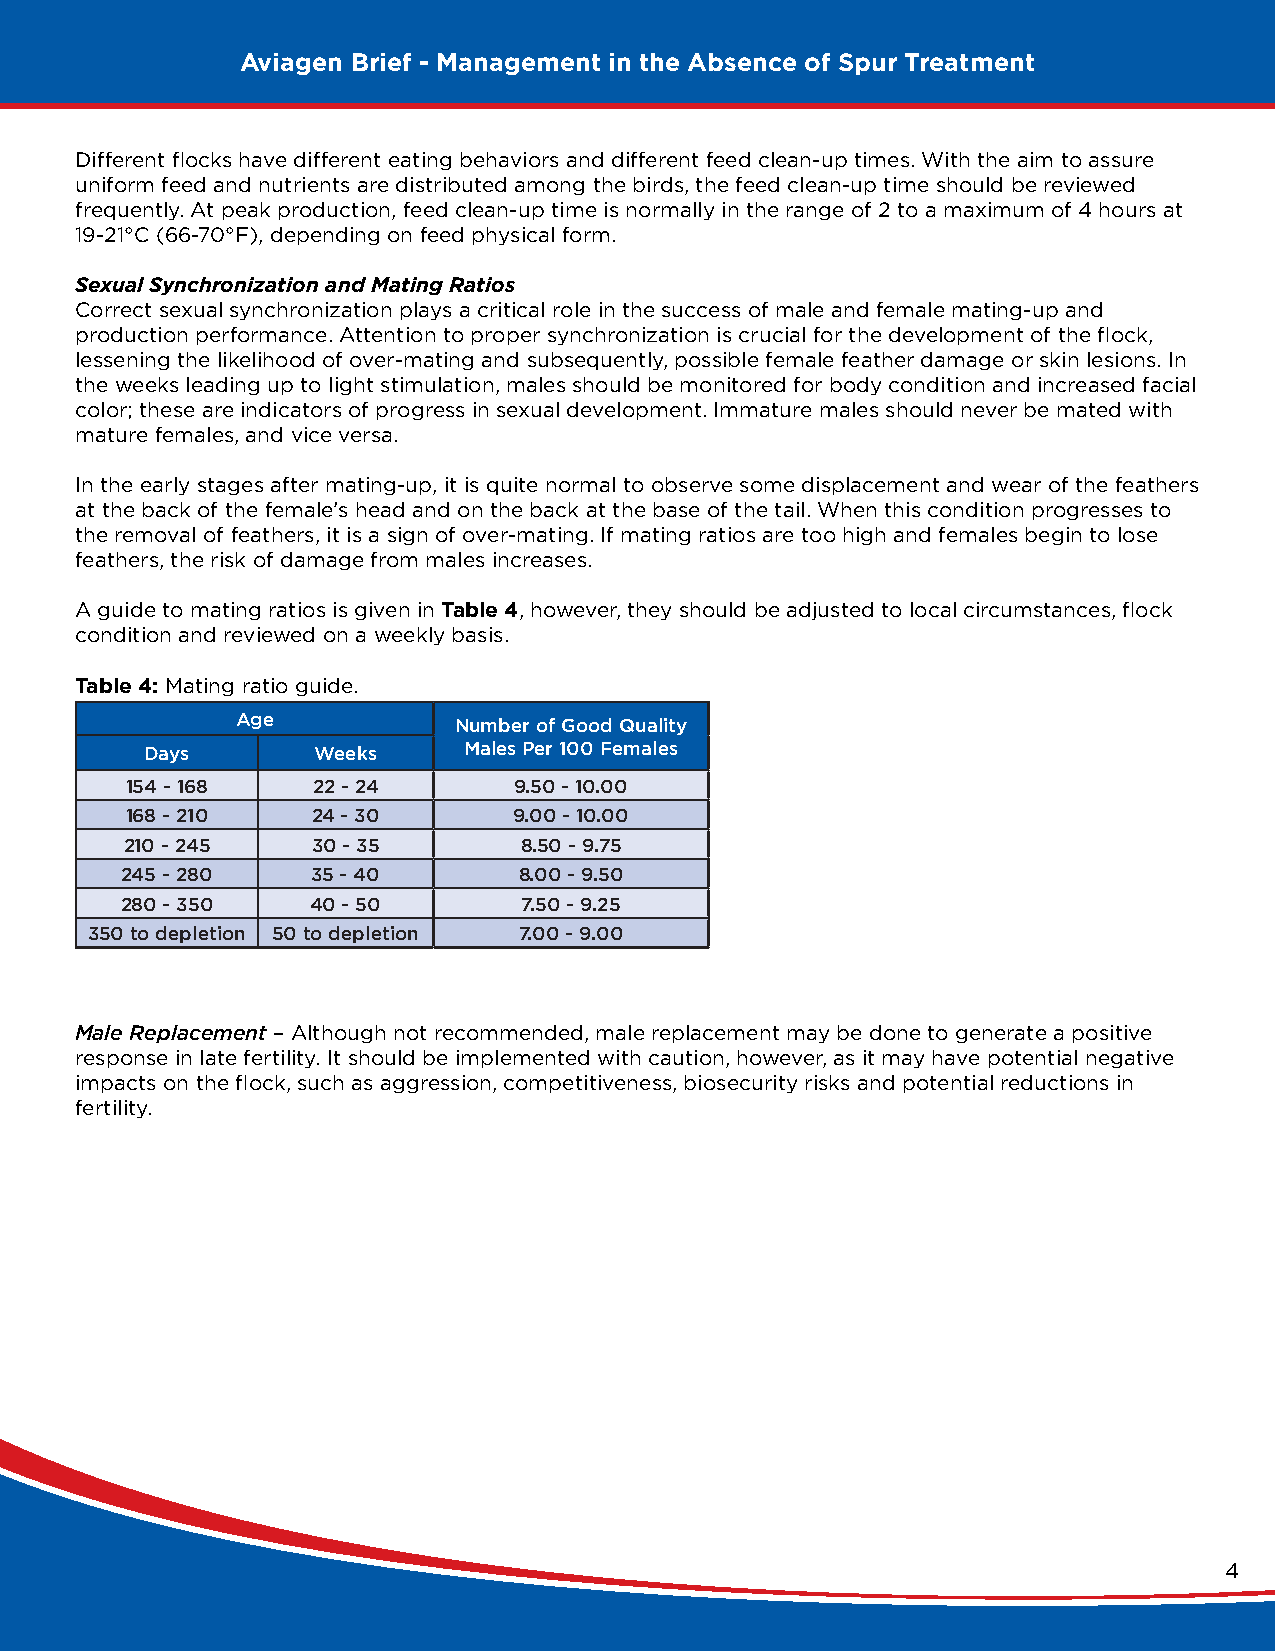
Aviagen Brief - Management in the Absence of Spur Treatment
 Different flocks have different eating behaviors and different feed clean-up times. With the aim to assure
 uniform feed and nutrients are distributed among the birds, the feed clean-up time should be reviewed
 frequently. At peak production, feed clean-up time is normally in the range of 2 to a maximum of 4 hours at
 19-21°C (66-70°F), depending on feed physical form.
 Sexual Synchronization and Mating Ratios
 Correct sexual synchronization plays a critical role in the success of male and female mating-up and
 production performance. Attention to proper synchronization is crucial for the development of the flock,
 lessening the likelihood of over-mating and subsequently, possible female feather damage or skin lesions. In
 the weeks leading up to light stimulation, males should be monitored for body condition and increased facial
 color; these are indicators of progress in sexual development. Immature males should never be mated with
 mature females, and vice versa.
 In the early stages after mating-up, it is quite normal to observe some displacement and wear of the feathers
 at the back of the female’s head and on the back at the base of the tail. When this condition progresses to
 the removal of feathers, it is a sign of over-mating. If mating ratios are too high and females begin to lose
 feathers, the risk of damage from males increases.
 A guide to mating ratios is given in Table 4, however, they should be adjusted to local circumstances, flock
 condition and reviewed on a weekly basis.
 Table 4: Mating ratio guide.
 Age           Number of Good Quality
 Days       Weeks     Males Per 100 Females
 154 - 168    22 - 24      9.50 - 10.00
 168 - 210    24 - 30      9.00 - 10.00
 210 - 245    30 - 35      8.50 - 9.75
 245 - 280    35 - 40      8.00 - 9.50
 280 - 350    40 - 50       7.50 - 9.25
 350 to depletion 50 to depletion 7.00 - 9.00
 Male Replacement – Although not recommended, male replacement may be done to generate a positive
 response in late fertility. It should be implemented with caution, however, as it may have potential negative
 impacts on the flock, such as aggression, competitiveness, biosecurity risks and potential reductions in
 fertility.
 4